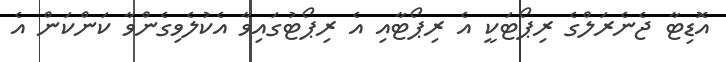
އޮޑިޓާ ޖެނެރަލްގެ ރިޕޯޓަކީ އެ ރިޕޯޓާއި އެ ރިޕޯޓުގައިވާ އެކުލެވިގެންވާ ކަންކަން އެ